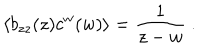
\langle b _ { z z } ( z ) c ^ { w } ( w ) \rangle = \frac { 1 } { z - w } \ .